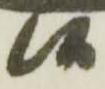
候